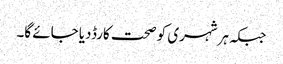
جبکہ ہرشہری کو صحت کارڈدیا جائے گا۔